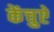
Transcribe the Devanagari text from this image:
केंचुऐ